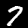
Label: 7